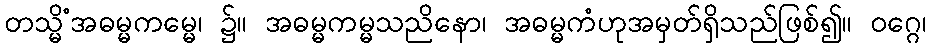
တသ္မိံအဓမ္မကမ္မေ၊ ၌။ အဓမ္မကမ္မသညိနော၊ အဓမ္မကံဟုအမှတ်ရှိသည်ဖြစ်၍။ ဝဂ္ဂေ၊